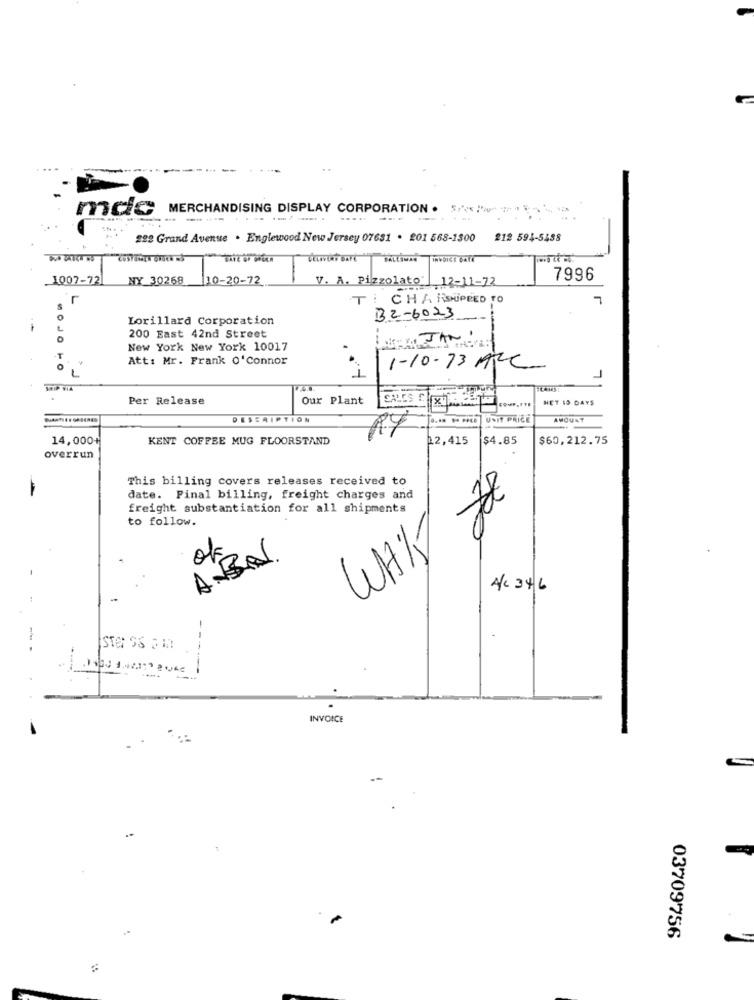
..
MCC MERCHANDISING DISPLAY CORPORATION .
--- ----
--.
222 Grand Avenue . Englewood New Jersey 07631 . 201 568-1300
212 594-5488
TAIL OF MEER
1007-72
NY 30268 10-20-72
7996
V. A. Pizzolato: | 12-11-72
T: CHARSHIPPED TO
BZ-6023
Lorillard Corporation
200 East 42nd Street
1 . JAN !
New York New York 10017
Att: Mr. Frank O'Connor
1-10-73 ARC
SHIP VIA
Per Release
Our Plant
HET 15 DAYS
DESCRIPTION
AMOUNT
14,000+
KENT COFFEE MUG FLOORSTAND
12,415
$4.85
$60,212.75
overrun
This billing covers releases received to
date. Final billing, freight charges and
freight substantiation for all shipments
to follow.
200
ok
ABAL
A/C 346
-
-
STO SS 2 1
INVOICE
03709756